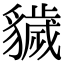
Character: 𧴖